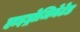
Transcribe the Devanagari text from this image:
हाइड्रोजिनेटेड